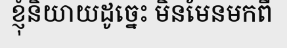
ខ្ញុំនិយាយដូច្នេះ មិនមែនមកពី